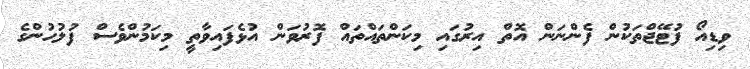
ވިޑިއޯ ފުޓޭޖްތަކުން ފެންނަން އޮތް އިރުގައި މިކަންތައްތައް ފޮރުވަން އުޅެފައިވާތީ މިކަމުންވެސް ފުލުހުންގެ